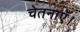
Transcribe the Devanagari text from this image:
चेतनाएँ।